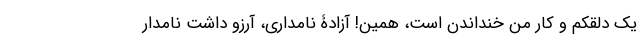
یک دلقکم و کار من خنداندن است، همین! آزادۀ نامداری، آرزو داشت نامدار